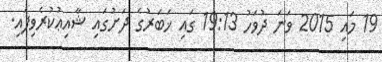
19 މައި 2015 ވަނަ ދުވަހު 19:13 ގައި ޚަބަރުގެ ދަށުގައި ޝާއިޢުކުރެވިފައި.